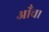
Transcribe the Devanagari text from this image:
आँच।